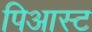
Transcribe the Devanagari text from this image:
पिआस्ट